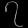
Digit: ၇